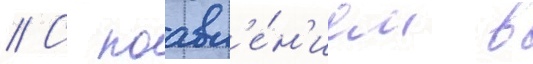
// С поавл'е́н'ием в